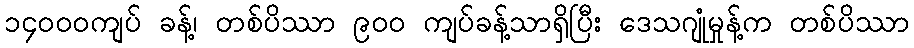
၁၄၀၀၀ကျပ် ခန့်၊ တစ်ပိဿာ ၉၀၀ ကျပ်ခန့်သာရှိပြီး ဒေသဂျုံမှုန့်က တစ်ပိဿာ